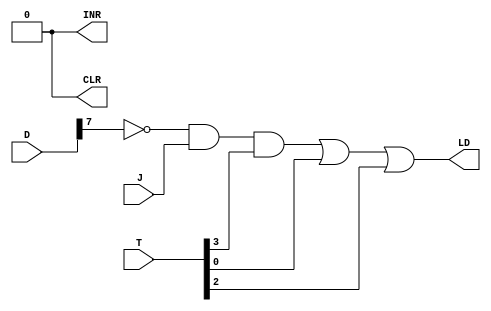
module AR_DISGN(LD,INR,T,D,J,CLR);

	input  J;
	input [7:0] D;
	input [5:0] T;
	output LD,CLR,INR;
	
	wire D7n = ~D[7];
	
	wire a1, a2, a3;
	
	assign a1 = D7n & J & T[3];
	assign a2 =  T[0] ;
	assign a3 = T[2];
	
	assign LD = a1 | a2| a3;
	assign CLR = 0;
	assign INR = 0;
	
	
endmodule